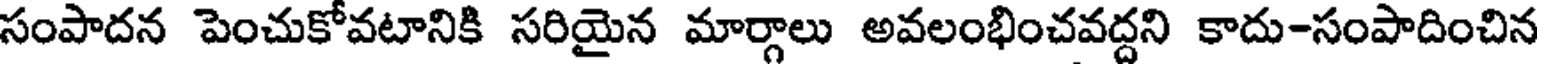
సంపాదన పెంచుకోవటానికి సరియైన మార్గాలు అవలంభించవద్దని కాదు-సంపాదించిన